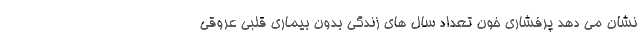
نشان می دهد پرفشاری خون تعداد سال های زندگی بدون بیماری قلبی عروقی